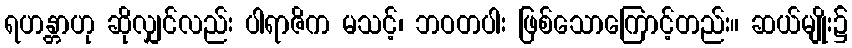
ရဟန္တာဟု ဆိုလျှင်လည်း ပါရာဇိက မသင့်၊ ဘဝတပါး ဖြစ်သောကြောင့်တည်း။ ဆယ်မျိုး၌